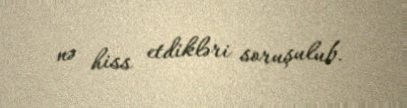
nə hiss etdikləri soruşulub.